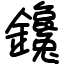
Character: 鑱